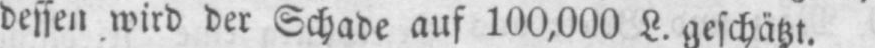
dessen wird der Schade auf 100,000 L. geschätzt.